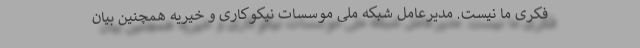
فکری ما نیست. مدیرعامل شبکه ملی موسسات نیکوکاری و خیریه همچنین بیان